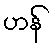
ဟန်